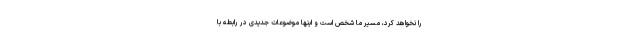
را نخواهد کرد، مسیر ما شخص است و اینها موضوعات جدیدی در رابطه با